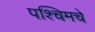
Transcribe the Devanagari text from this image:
पश्‍चिमचे